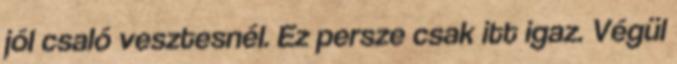
jól csaló vesztesnél. Ez persze csak itt igaz. Végül